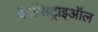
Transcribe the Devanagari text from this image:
कैल्सिट्राइऑल